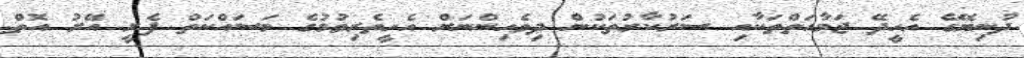
ދުނިޔޭގެ އެހީދޭ ޖަމާއަތްތަކާއި ސަރުކާރުތަކުން ދިވެހިންނަށް އެހީތެރިވުމުގެ މަސައްކަތް ފެށީ އޭރު އޮތް